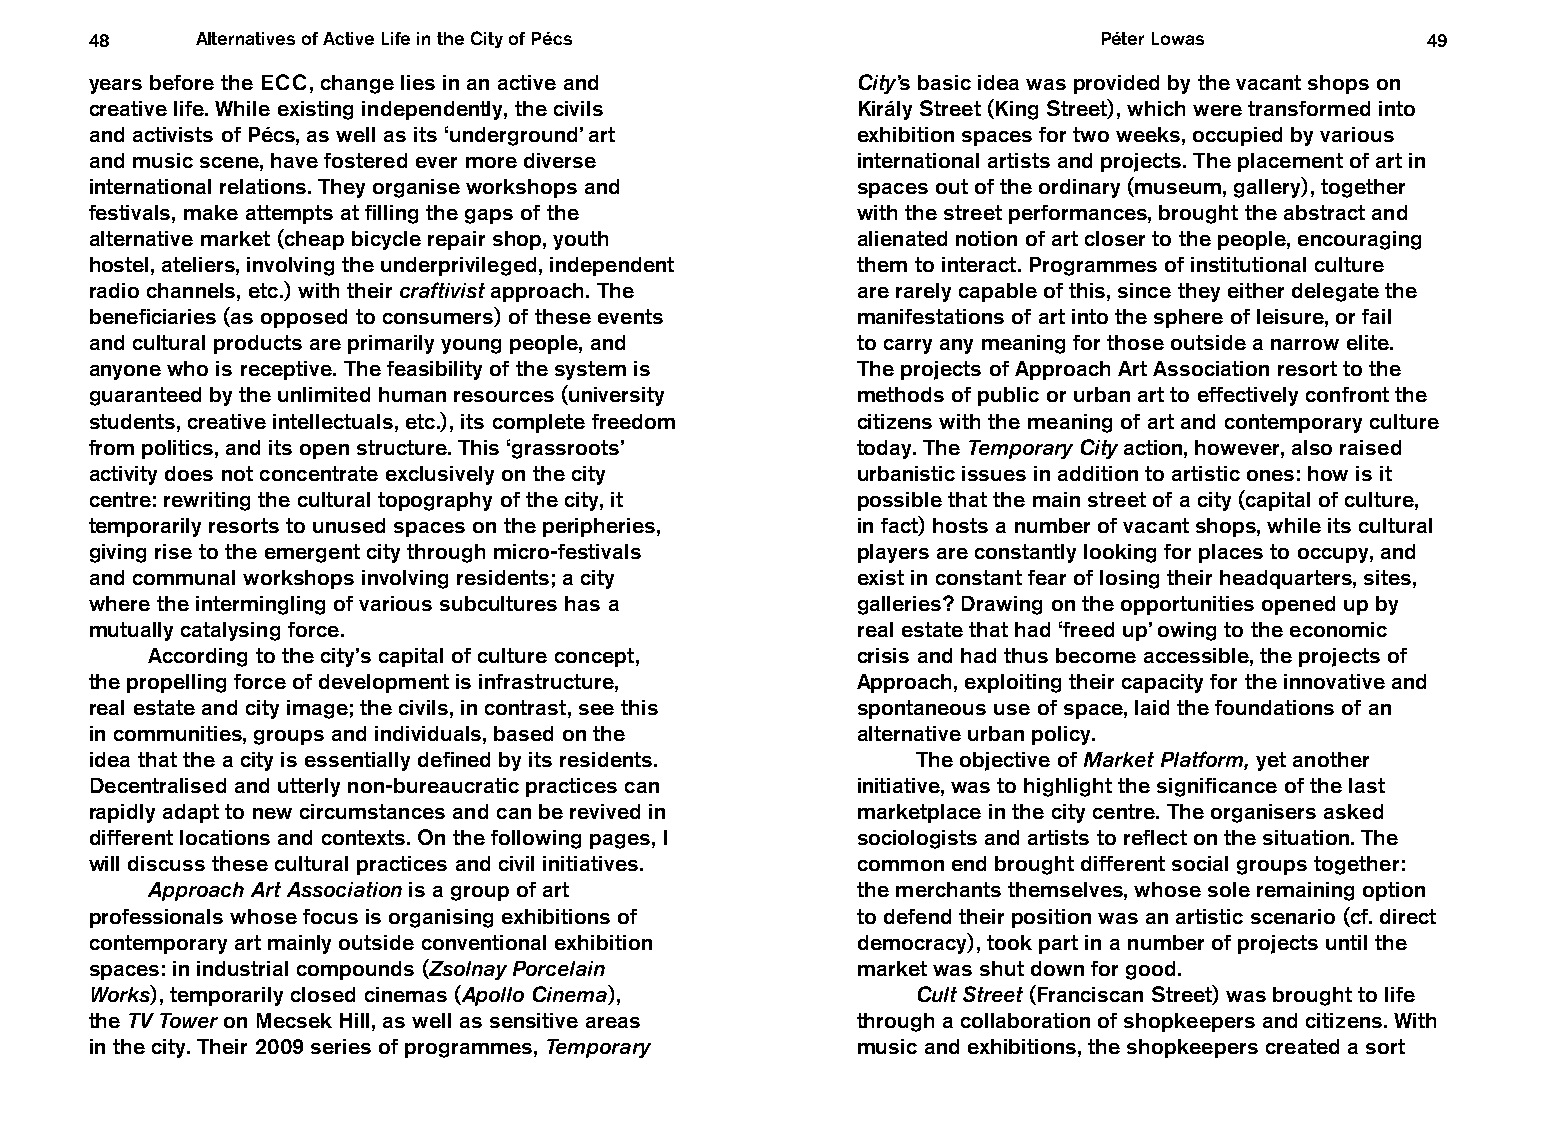
48     Alternatives of Active Life in the City of Pécs             Péter Lowas          49
 years before the ECC, change lies in an active and City’s basic idea was provided by the vacant shops on
 creative life. While existing independently, the civils Király Street (King Street), which were transformed into
 and activists of Pécs, as well as its ‘underground’ art exhibition spaces for two weeks, occupied by various
 and music scene, have fostered ever more diverse   international artists and projects. The placement of art in
 international relations. They organise workshops and spaces out of the ordinary (museum, gallery), together
 festivals, make attempts at filling the gaps of the with the street performances, brought the abstract and
 alternative market (cheap bicycle repair shop, youth alienated notion of art closer to the people, encouraging
 hostel, ateliers, involving the underprivileged, independent them to interact. Programmes of institutional culture
 radio channels, etc.) with their craftivist approach. The are rarely capable of this, since they either delegate the
 beneficiaries (as opposed to consumers) of these events manifestations of art into the sphere of leisure, or fail
 and cultural products are primarily young people, and to carry any meaning for those outside a narrow elite.
 anyone who is receptive. The feasibility of the system is The projects of Approach Art Association resort to the
 guaranteed by the unlimited human resources (university methods of public or urban art to effectively confront the
 students, creative intellectuals, etc.), its complete freedom citizens with the meaning of art and contemporary culture
 from politics, and its open structure. This ‘grassroots’ today. The Temporary City action, however, also raised
 activity does not concentrate exclusively on the city urbanistic issues in addition to artistic ones: how is it
 centre: rewriting the cultural topography of the city, it possible that the main street of a city (capital of culture,
 temporarily resorts to unused spaces on the peripheries, in fact) hosts a number of vacant shops, while its cultural
 giving rise to the emergent city through micro-festivals players are constantly looking for places to occupy, and
 and communal workshops involving residents; a city exist in constant fear of losing their headquarters, sites,
 where the intermingling of various subcultures has a galleries? Drawing on the opportunities opened up by
 mutually catalysing force.                         real estate that had ‘freed up’ owing to the economic
 According to the city’s capital of culture concept, crisis and had thus become accessible, the projects of
 the propelling force of development is infrastructure, Approach, exploiting their capacity for the innovative and
 real estate and city image; the civils, in contrast, see this spontaneous use of space, laid the foundations of an
 in communities, groups and individuals, based on the alternative urban policy.
 idea that the a city is essentially defined by its residents. The objective of Market Platform, yet another
 Decentralised and utterly non-bureaucratic practices can initiative, was to highlight the significance of the last
 rapidly adapt to new circumstances and can be revived in marketplace in the city centre. The organisers asked
 different locations and contexts. On the following pages, I sociologists and artists to reflect on the situation. The
 will discuss these cultural practices and civil initiatives. common end brought different social groups together:
 Approach Art Association is a group of art     the merchants themselves, whose sole remaining option
 professionals whose focus is organising exhibitions of to defend their position was an artistic scenario (cf. direct
 contemporary art mainly outside conventional exhibition democracy), took part in a number of projects until the
 spaces: in industrial compounds (Zsolnay Porcelain market was shut down for good.
 Works), temporarily closed cinemas (Apollo Cinema),    Cult Street (Franciscan Street) was brought to life
 the TV Tower on Mecsek Hill, as well as sensitive areas through a collaboration of shopkeepers and citizens. With
 in the city. Their 2009 series of programmes, Temporary music and exhibitions, the shopkeepers created a sort